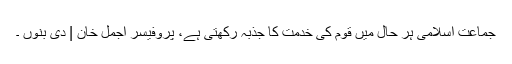
جماعت اسلامی ہر حال میں قوم کی خدمت کا جذبہ رکھتی ہے، پروفیسر اجمل خان | دی بنوں ۔